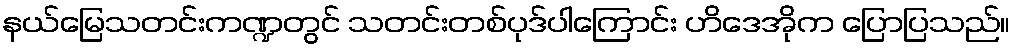
နယ်မြေသတင်းကဏ္ဍတွင် သတင်းတစ်ပုဒ်ပါကြောင်း ဟိဒေအိုက ပြောပြသည်။